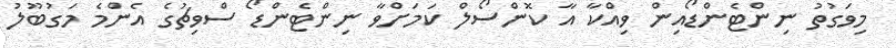
މިވަގުތު ނިންޓެންޑޯއިން ވިއްކާ އާ ކޮންސޯލް ކަމަށްވާ ނިންޓެންޑޯ ސްވިޗުގެ އެންމެ މަގުބޫލު